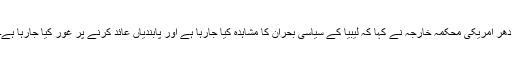
ادھر امریکی محکمہ خارجہ نے کہا کہ لیبیا کے سیاسی بحران کا مشاہدہ کیا جارہا ہے اور پابندیاں عائد کرنے پر غور کیا جارہا ہے۔